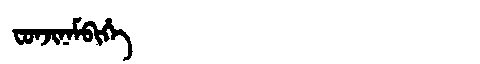
Manchu: ᠸᠣᠨᠵᡳᠨᠠᠮᠪᡳᡥᡝ
Romanization: FONJINAMBIHE